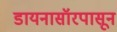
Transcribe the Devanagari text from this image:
डायनासॉरपासून